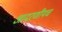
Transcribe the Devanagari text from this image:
आदरणीयच